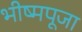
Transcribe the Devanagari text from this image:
भीष्मपूजा